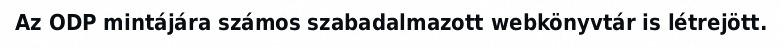
Az ODP mintájára számos szabadalmazott webkönyvtár is létrejött.